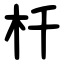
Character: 杄